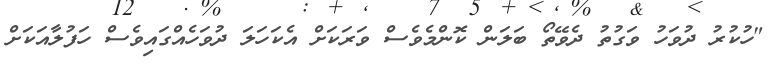
"ހުކުރު ދުވަހު ވަގުތު ދެވޭތޯ ބަަލަން ކޮންމެވެސް ވަރަކަށް އެކަހަލަ ދުވަހެއްގައިވެސް ހަފުލާއަކަށް